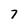
Character: 7